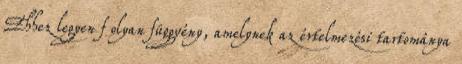
Ehhez legyen f olyan függvény, amelynek az értelmezési tartománya